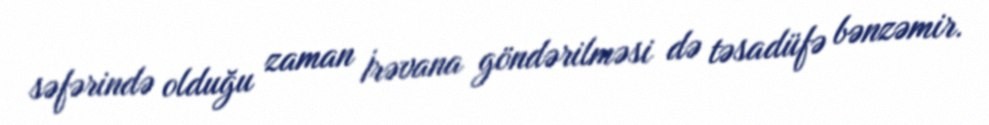
səfərində olduğu zaman İrəvana göndərilməsi də təsadüfə bənzəmir.